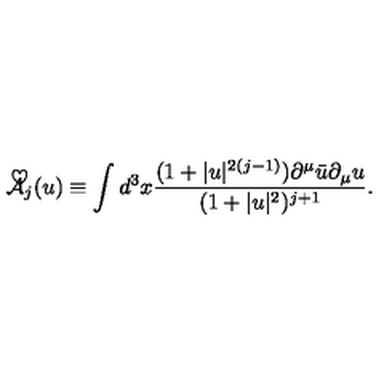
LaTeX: \mathrm { \cal { \tilde { A } } } _ { j } ( u ) \equiv \int d ^ { 3 } x \frac { ( 1 + | u | ^ { 2 ( j - 1 ) } ) \partial ^ { \mu } \bar { u } \partial _ { \mu } u } { ( 1 + | u | ^ { 2 } ) ^ { j + 1 } } .